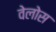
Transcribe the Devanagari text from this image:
वेलोस